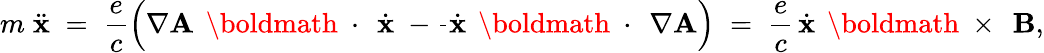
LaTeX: m\; \ddot{\mathbf x}\; =\; \frac{e}{c}\left(\nabla{\mathbf A}\, \mathrm{~\boldmath~\cdot~}\, \dot{\mathbf x}\; -\frac{}{}\dot{\mathbf x}\, \mathrm{~\boldmath~\cdot~}\, \nabla{\mathbf A}\right)\; =\; \frac{e}{c}\, \dot{\mathbf x}\, \mathrm{~\boldmath~\times~}\, {\mathbf B},